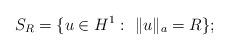
LaTeX: \begin{align*} S_R = \{u\in H^1:\,\,\|u\|_a=R\};\end{align*}